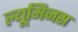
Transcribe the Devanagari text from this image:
ल्यूमिनस